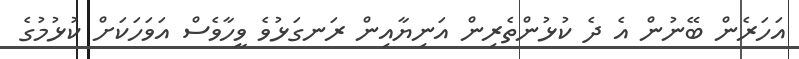
އަހަރެން ބޭނުން އެ ދެ ކުޅުންތެރިން އަނިޔާއިން ރަނގަޅުވެ ވީހާވެސް އަވަހަކަށް ކުޅުމުގެ